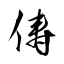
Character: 俦